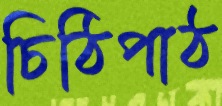
চিঠিপাঠ